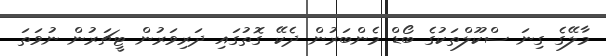
މާލޭގެ ގިނަ ސްކޫލްތަކުގެ ބޯޑް މެންބަރުން ދެކޭ ގޮތުގައި ދަރިވަރުން ޓީޗަރުން ނުވަތަ